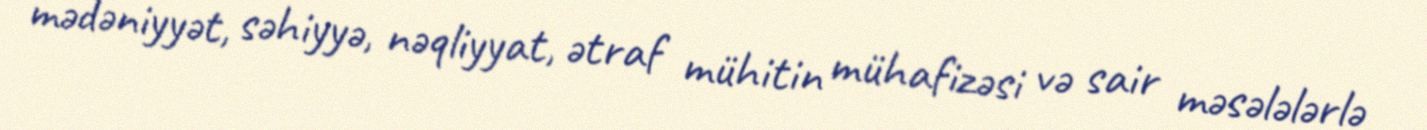
mədəniyyət, səhiyyə, nəqliyyat, ətraf mühitin mühafizəsi və sair məsələlərlə